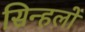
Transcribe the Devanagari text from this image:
सिन्हलों